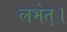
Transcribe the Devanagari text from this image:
लभेत्।